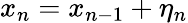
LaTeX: x_{n}=x_{n-1}+\eta_{n}